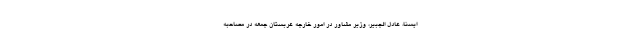
ایسنا، عادل الجبیر، وزیر مشاور در امور خارجه عربستان جمعه در مصاحبه